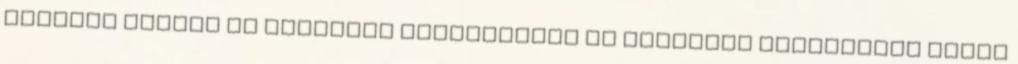
keverék ismert és releváns alkalmazása és javasolt alkalmazás ellen